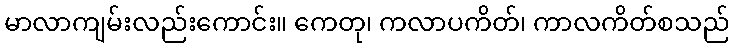
မာလာကျမ်းလည်းကောင်း။ ကေတု၊ ကလာပကိတ်၊ ကာလကိတ်စသည်